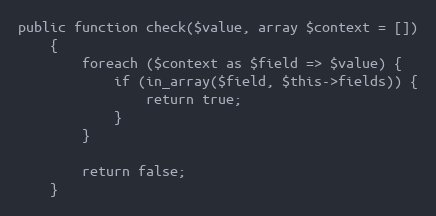
Language: PHP
public function check($value, array $context = [])
    {
        foreach ($context as $field => $value) {
            if (in_array($field, $this->fields)) {
                return true;
            }
        }

        return false;
    }